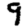
Digit: 9